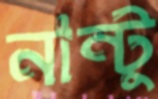
নান্টু